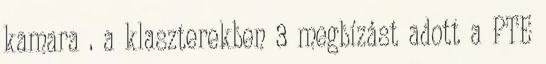
kamara . a klaszterekben 3 megbízást adott a PTE